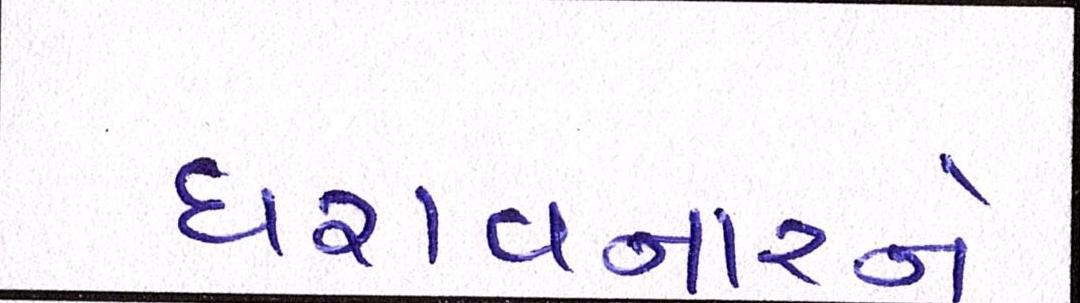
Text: ધરાવનારને